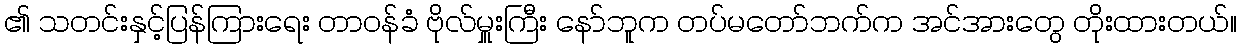
၏ သတင်းနှင့်ပြန်ကြားရေး တာဝန်ခံ ဗိုလ်မှူးကြီး နော်ဘူက တပ်မတော်ဘက်က အင်အားတွေ တိုးထားတယ်။